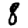
Digit: 8